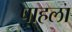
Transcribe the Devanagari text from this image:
पाहला